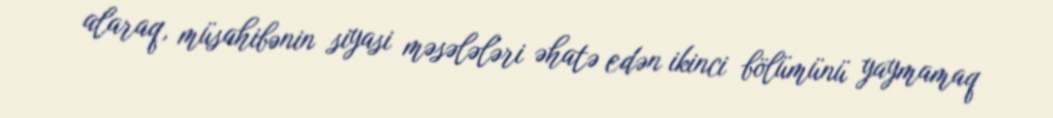
alaraq, müsahibənin siyasi məsələləri əhatə edən ikinci bölümünü yaymamaq